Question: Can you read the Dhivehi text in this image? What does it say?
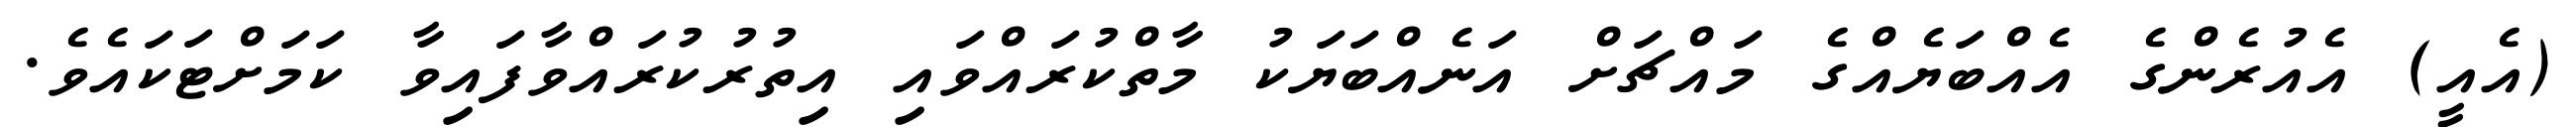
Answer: (އެއީ) އެއުރެންގެ އެއްބަޔެއްގެ މައްޗަށް އަނެއްބަޔަކު މާތްކުރައްވައި އިތުރުކުރައްވާފައިވާ ކަމަށްޓަކައެވެ.